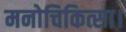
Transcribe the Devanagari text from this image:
मनोचिकित्सा।